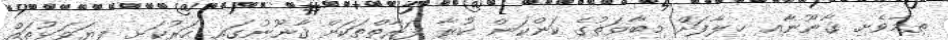
ތިމާވެށި ޤާނޫނާއި ޚިލާފަށް މިބާވަތުގެ ކަންކަން ކުރާ ފަރާތްތަކަށް ޤާނޫނުގައި ހަރުކަށި ފިޔަވަޅުތައް